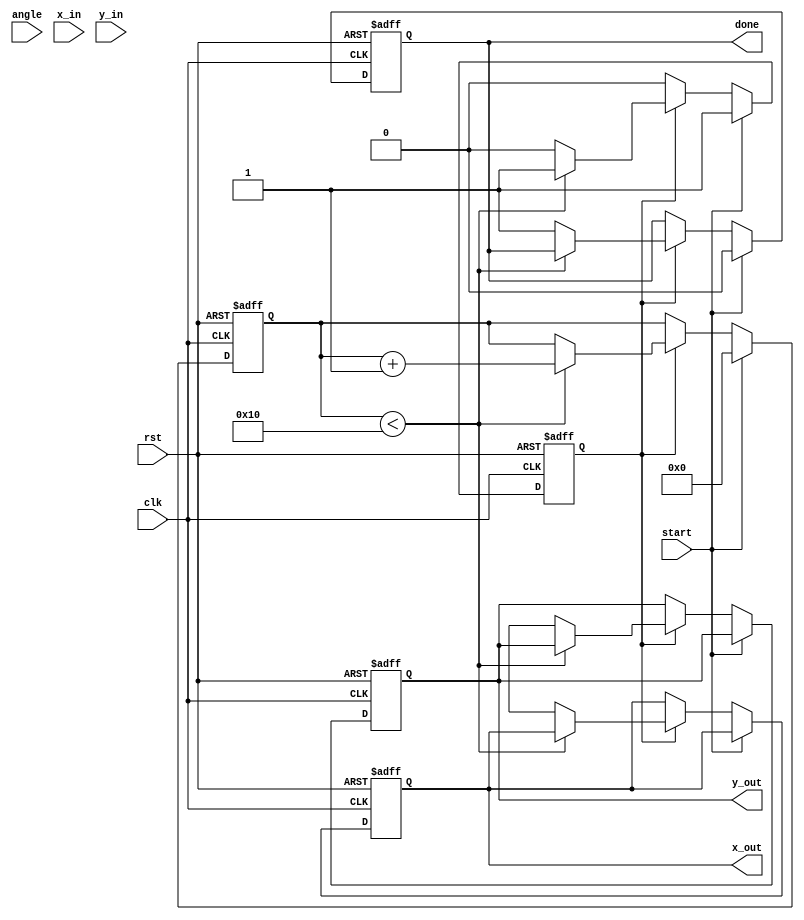
module modified_cordic #(
    parameter N = 16,         // Bit-width for Fixed-Point representation
    parameter ITERATIONS = 16 // Number of iterations
)(
    input clk,                // Clock signal
    input rst,                // Reset signal
    input start,              // Start signal for computation
    input [N-1:0] angle,      // Input angle in fixed-point representation
    input [N-1:0] x_in,       // Initial X coordinate
    input [N-1:0] y_in,       // Initial Y coordinate
    output reg [N-1:0] x_out,  // Output X coordinate
    output reg [N-1:0] y_out,  // Output Y coordinate
    output reg done            // Signal to indicate computation is completed
);

// Angle lookup table (arctan values for CORDIC)
reg [N-1:0] angle_table [0:ITERATIONS-1];

// Initialize angle table
initial begin
    angle_table[0] = 16'h3243; // atan(1/1) in fixed-point
    angle_table[1] = 16'h1DAC; // atan(1/2)
    angle_table[2] = 16'h0FB6; // atan(1/4)
    angle_table[3] = 16'h07B6; // atan(1/8)
    angle_table[4] = 16'h03E0; // atan(1/16)
    // Fill in the rest...
end

// Internal variables
reg [N-1:0] x [0:ITERATIONS-1];
reg [N-1:0] y [0:ITERATIONS-1];
reg [N-1:0] z [0:ITERATIONS-1];
reg [3:0] iteration_count;
reg state;

// Compute scaling factor (constant)
localparam SCALING_FACTOR = 16'h26B; // 1/K, where K is the product of the gains

always @(posedge clk or posedge rst) begin
    if (rst) begin
        x_out <= 0;
        y_out <= 0;
        done <= 0;
        iteration_count <= 0;
        state <= 0;
    end
    else if (start) begin
        // Initialize x, y, z values
        x[0] <= x_in;
        y[0] <= y_in;
        z[0] <= angle; // Input angle for rotation
        iteration_count <= 0;
        done <= 0;
        state <= 1;
    end
    else if (state) begin
        if (iteration_count < ITERATIONS) begin
            // CORDIC rotation logic
            if (z[iteration_count] < 0) begin
                // Counter-clockwise rotation
                x[iteration_count + 1] <= x[iteration_count] + (y[iteration_count] >>> iteration_count);
                y[iteration_count + 1] <= y[iteration_count] - (x[iteration_count] >>> iteration_count);
                z[iteration_count + 1] <= z[iteration_count] + angle_table[iteration_count];
            end
            else begin
                // Clockwise rotation
                x[iteration_count + 1] <= x[iteration_count] - (y[iteration_count] >>> iteration_count);
                y[iteration_count + 1] <= y[iteration_count] + (x[iteration_count] >>> iteration_count);
                z[iteration_count + 1] <= z[iteration_count] - angle_table[iteration_count];
            end

            // Increment iteration count
            iteration_count <= iteration_count + 1;
        end
        else begin
            // Final output scaling
            x_out <= x[ITERATIONS] * SCALING_FACTOR;
            y_out <= y[ITERATIONS] * SCALING_FACTOR;
            done <= 1;

            // Reset state
            state <= 0;
        end
    end
end

endmodule